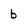
Character: b